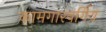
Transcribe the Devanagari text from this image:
कामगारवर्गिय